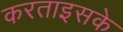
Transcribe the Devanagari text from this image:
करताइसके